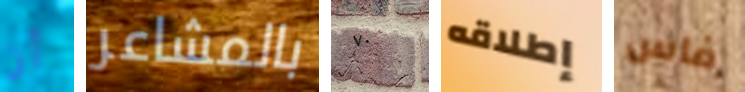
أن بالمشاعر ٧٠ إطلاقه فاس